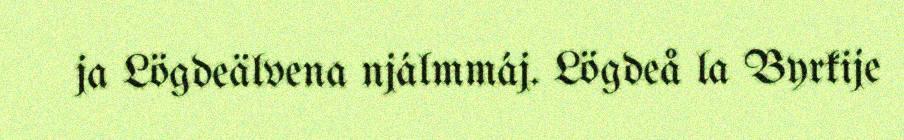
ja Lögdeälvena njálmmáj. Lögdeå la Byrkije